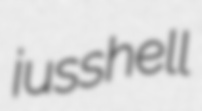
jusshell